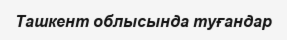
Ташкент облысында туғандар